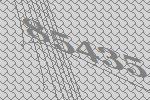
85435